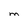
Character: M